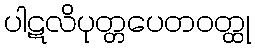
ပါဋလိပုတ္တပေတဝတ္ထု